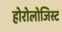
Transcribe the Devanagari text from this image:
होरोलोजिस्ट